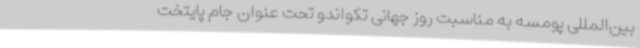
بین‌المللی پومسه به مناسبت روز جهانی تکواندو تحت عنوان جام پایتخت